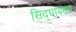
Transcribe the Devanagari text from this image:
सिद्घावस्था